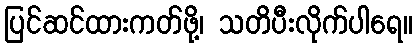
ပြင်ဆင်ထားကတ်ဖို့၊ သတိပီးလိုက်ပါရေ။